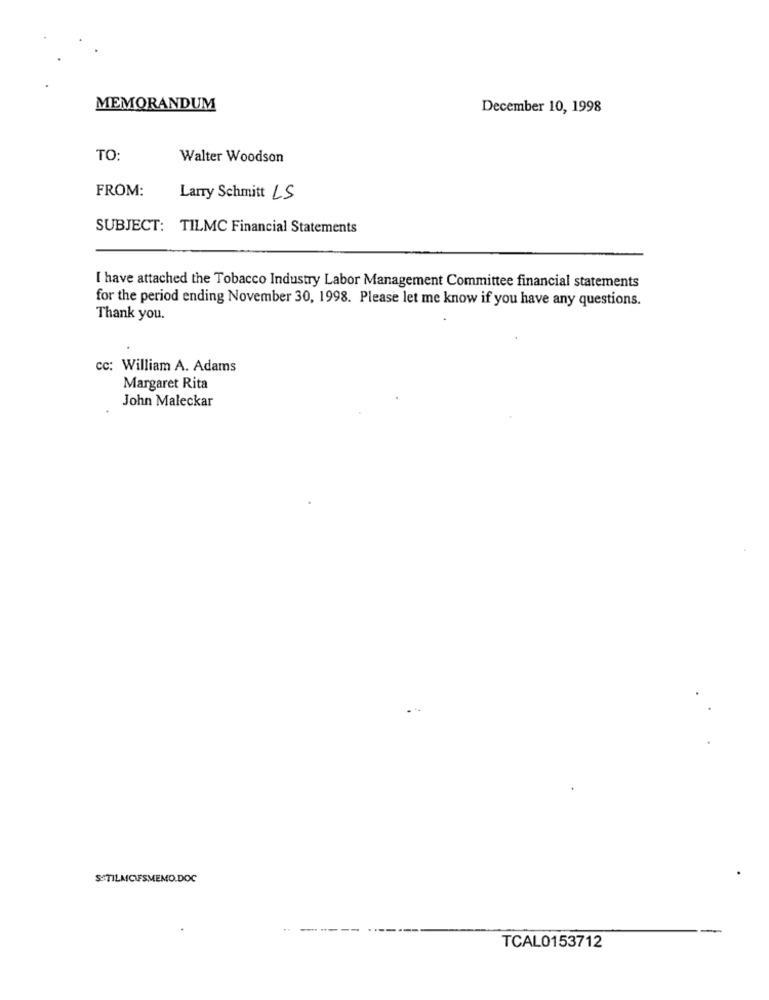
MEMORANDUM
December 10, 1998
TO:
Walter Woodson
FROM:
Larry Schmitt LS
SUBJECT: TILMC Financial Statements
I have attached the Tobacco Industry Labor Management Committee financial statements
for the period ending November 30, 1998. Please let me know if you have any questions.
Thank you.
cc: William A. Adams
Margaret Rita
John Maleckar
S-TILMCIFSMEMO.DOC
TCAL0153712